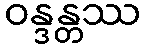
ဝန္ဒန္တဿ